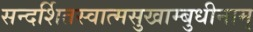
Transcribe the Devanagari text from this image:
सन्दर्शितस्वात्मसुखाम्बुधीनाम्